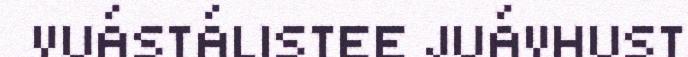
VUÁSTÁLISTEE JUÁVHUST